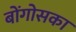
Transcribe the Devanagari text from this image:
बोंगोसका